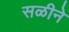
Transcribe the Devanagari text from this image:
सळीने